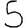
Digit: 5